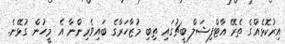
އިރުކޮޅެއްގެ ތެރޭ އާޓްފިޝަލް ބީޗުގައި ތިބި މުޒާހަރާގެ ބައިވެރިންނާ އެ މީހުން ގުޅޭނެ.